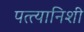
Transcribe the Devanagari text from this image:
पत्त्यानिशी